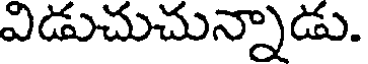
విడుచుచున్నాడు.